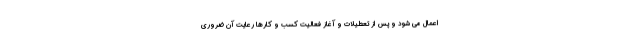
اعمال می شود و پس از تعطیلات و آغاز فعالیت کسب و کارها رعایت آن ضروری